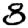
Digit: 8